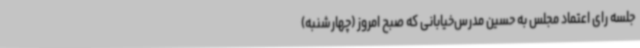
جلسه رای اعتماد مجلس به حسین مدرس‌خیابانی که صبح امروز (چهارشنبه)